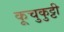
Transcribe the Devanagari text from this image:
कूचुकुट्टी